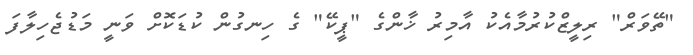
"ތޭވަރް" ރިލީޒްކުރުމާއެކު އާމިރު ޚާންގެ "ޕީކޭ" ގެ ހިނގުން ކުޑަކޮށް ވަނީ މަޑުޖެހިލާފަ